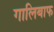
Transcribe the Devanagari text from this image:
गालिबाफ